Ranna_vallavalitsus, lk 2
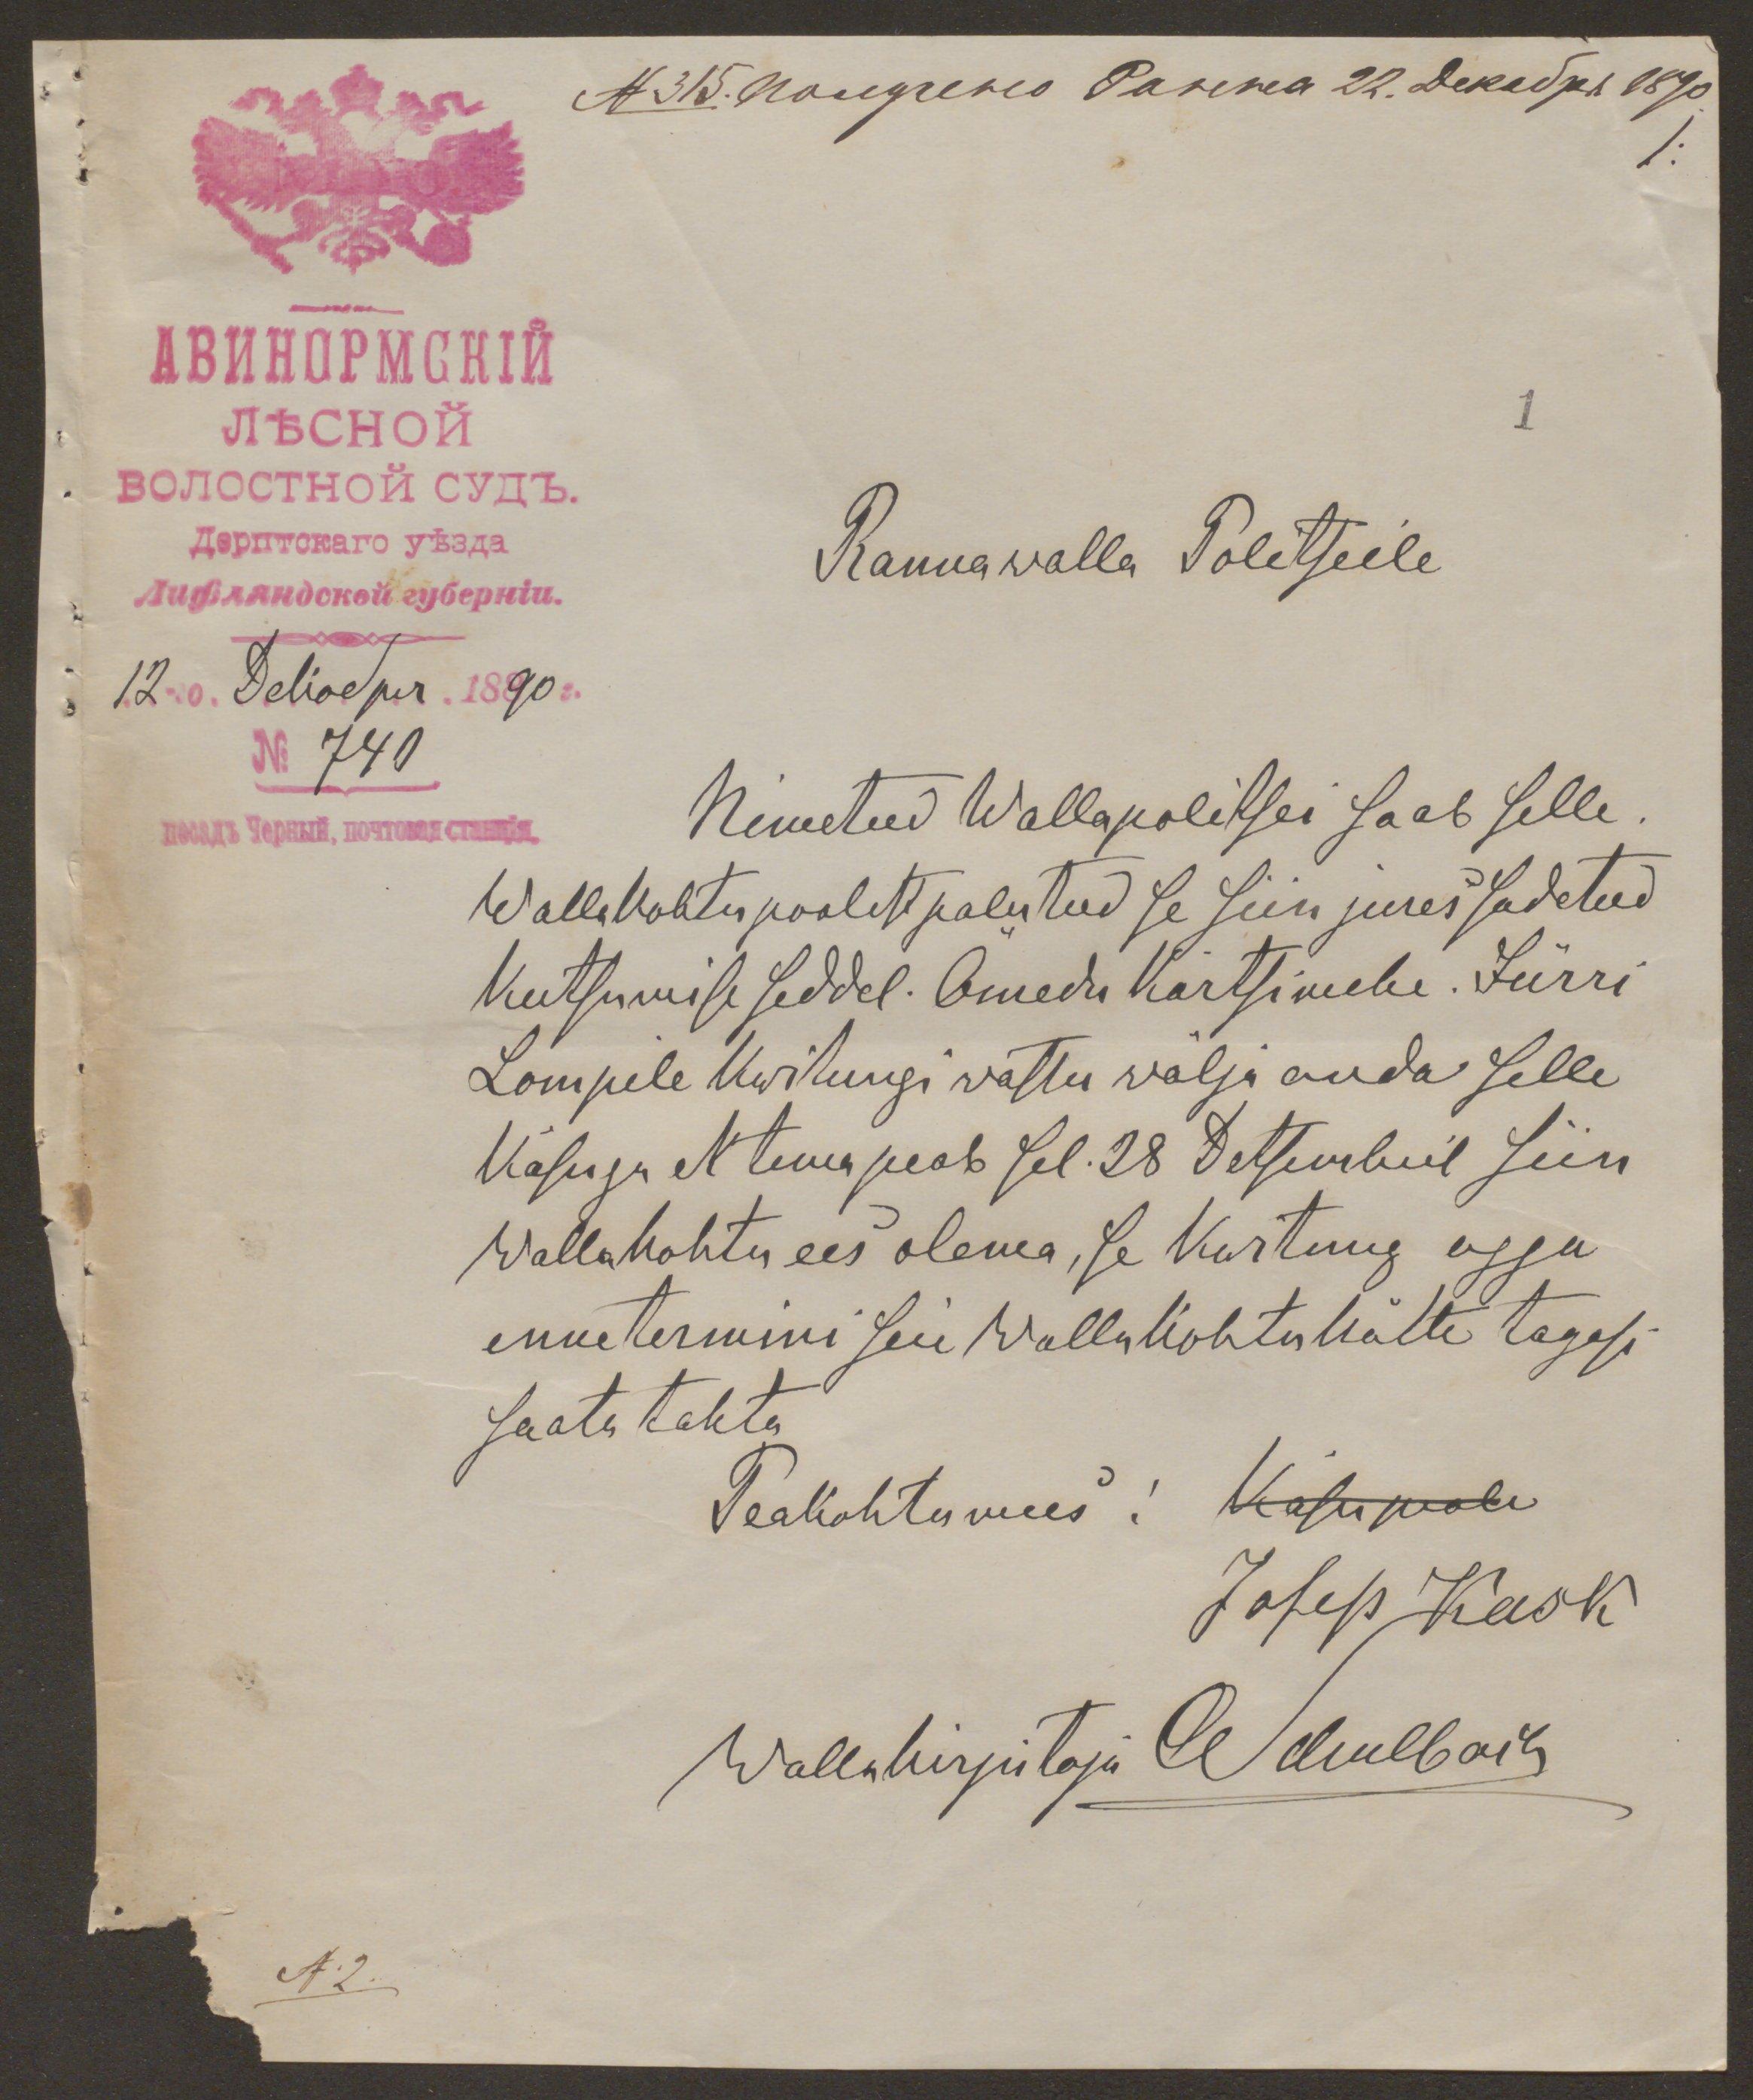
Rannawalla Politseile

No. 740
Nimetud Wallapolitsei saab selle
Wallakohtu poolest palutud se siin jures sadetud
Kutsumise seddel: Omedu kartsimehe. Jürri
Lompile Kwitungi vastu wälja anda selle
Käsuga et tema peab sel. 28 Detsembril siin
Wallahohtu ees olema, se Kwitung agga
enne termini seie wallakohtu kätte tagasi
saata tahta
Peakohtumees: Kasupoli
Josep Kask
Wallakirjutaja A Kuulbars

N.2.